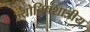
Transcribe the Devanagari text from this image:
ज्योतिषशात्रीय